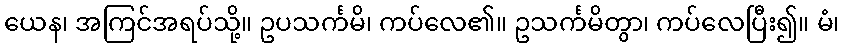
ယေန၊ အကြင်အရပ်သို့။ ဥပသင်္ကမိ၊ ကပ်လေ၏။ ဥသင်္ကမိတွာ၊ ကပ်လေပြီး၍။ မံ၊